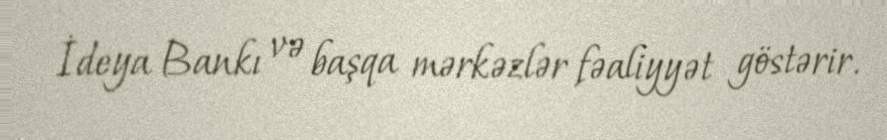
İdeya Bankı və başqa mərkəzlər fəaliyyət göstərir.